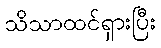
သိသာထင်ရှားပြီး